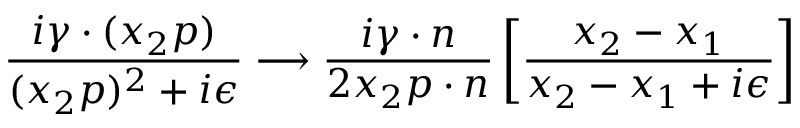
\frac { i \gamma \cdot ( x _ { 2 } p ) } { ( x _ { 2 } p ) ^ { 2 } + i \epsilon } \longrightarrow \frac { i \gamma \cdot n } { 2 x _ { 2 } p \cdot n } \left[ \frac { x _ { 2 } - x _ { 1 } } { x _ { 2 } - x _ { 1 } + i \epsilon } \right]